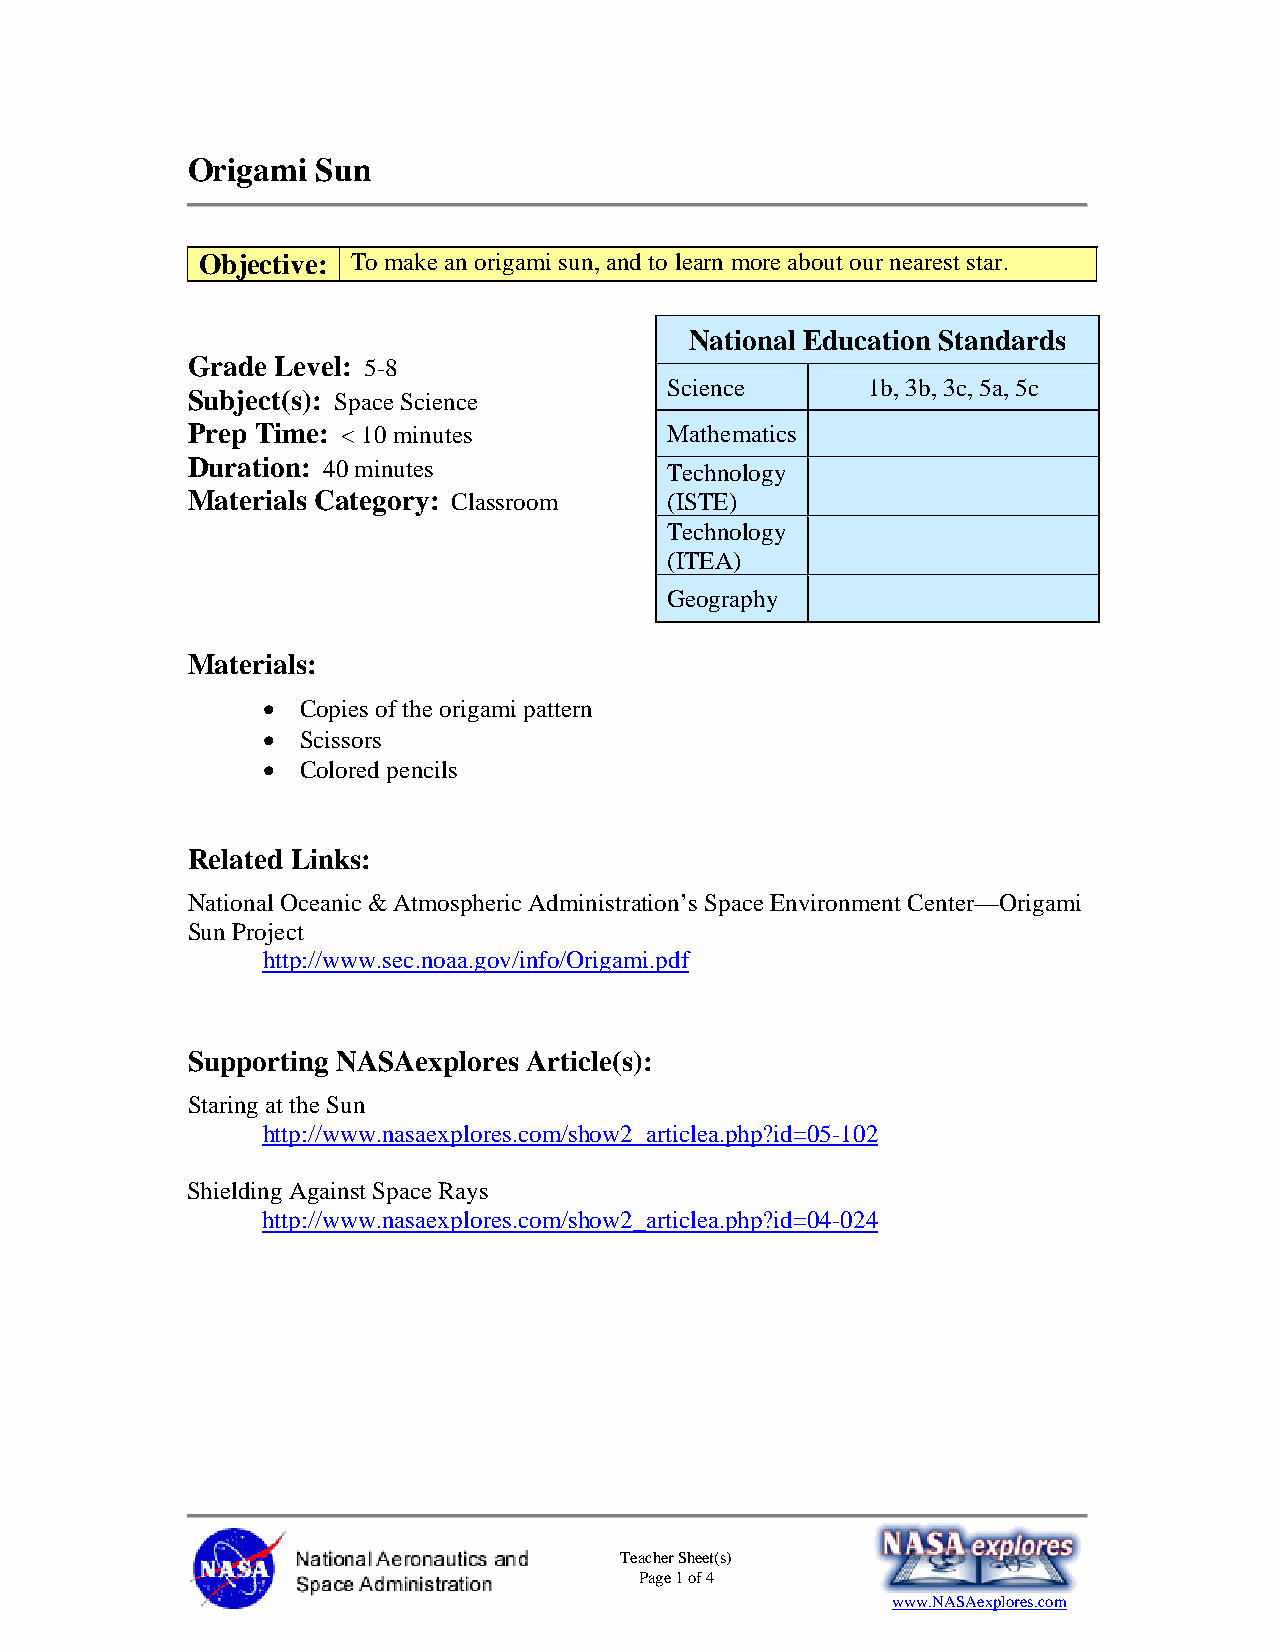
Origami  Sun
 Objective: To make an origami sun, and to learn more about our nearest star.
 National Education Standards
 Grade Level: 5-8
 Science      1b, 3b, 3c, 5a, 5c
 Subject(s): Space Science
 Prep Time: < 10 minutes         Mathematics
 Duration: 40 minutes            Technology
 Materials Category: Classroom   (ISTE)
 Technology
 (ITEA)
 Geography
 Materials:
 •  Copies of the origami pattern
 •  Scissors
 •  Colored pencils
 Related Links:
 National Oceanic & Atmospheric Administration’s Space Environment Center—Origami
 Sun Project
 http://www.sec.noaa.gov/info/Origami.pdf
 Supporting NASAexplores Article(s):
 Staring at the Sun
 http://www.nasaexplores.com/show2_articlea.php?id=05-102
 Shielding Against Space Rays
 http://www.nasaexplores.com/show2_articlea.php?id=04-024
 Teacher Sheet(s)
 Page 1 of 4
 www.NASAexplores.com